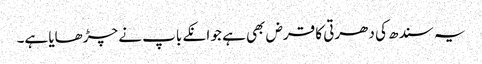
یہ سندھ کی دھرتی کا قرض بھی ہے جو انکے باپ نے چڑھایا ہے۔